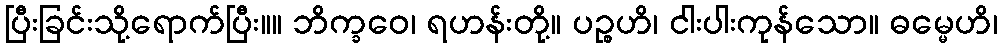
ပြီးခြင်းသို့ရောက်ပြီး။။ ဘိက္ခဝေ၊ ရဟန်းတို့။ ပဉ္စဟိ၊ ငါးပါးကုန်သော။ ဓမ္မေဟိ၊